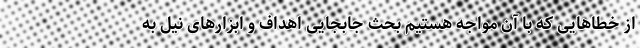
از خطاهایی که با آن مواجه هستیم بحث جابجایی اهداف و ابزارهای نیل به